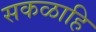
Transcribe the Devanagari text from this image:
सकळाहि